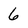
Character: 6